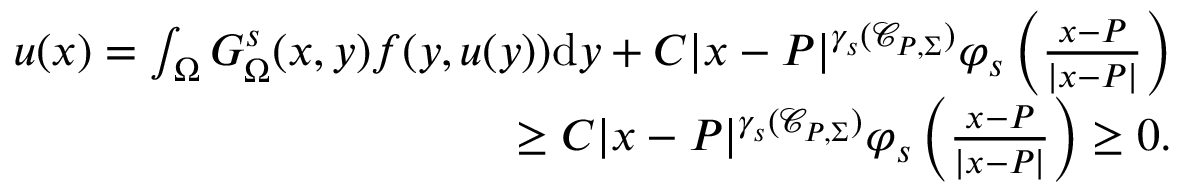
\begin{array} { r l r } & { } & { u ( x ) = \int _ { \Omega } G _ { \Omega } ^ { s } ( x , y ) f ( y , u ( y ) ) \mathrm { d } y + C | x - P | ^ { \gamma _ { s } ( \mathcal { C } _ { P , \Sigma } ) } \varphi _ { s } \left( \frac { x - P } { | x - P | } \right) } \\ & { } & { \qquad \, \geq C | x - P | ^ { \gamma _ { s } ( \mathcal { C } _ { P , \Sigma } ) } \varphi _ { s } \left( \frac { x - P } { | x - P | } \right) \geq 0 . } \end{array}